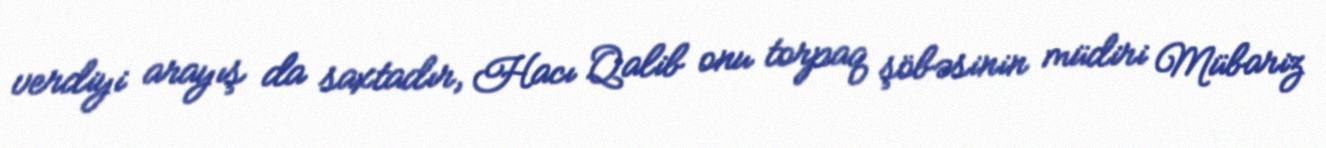
verdiyi arayış da saxtadır, Hacı Qalib onu torpaq şöbəsinin müdiri Mübariz